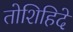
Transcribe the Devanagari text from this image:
तोशिहिदे